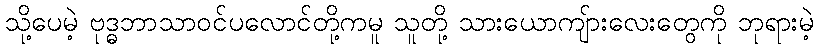
သို့ပေမဲ့ ဗုဒ္ဓဘာသာဝင်ပလောင်တို့ကမူ သူတို့ သားယောကျ်ားလေးတွေကို ဘုရားမဲ့